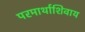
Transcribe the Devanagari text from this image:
परमार्थाशिवाय